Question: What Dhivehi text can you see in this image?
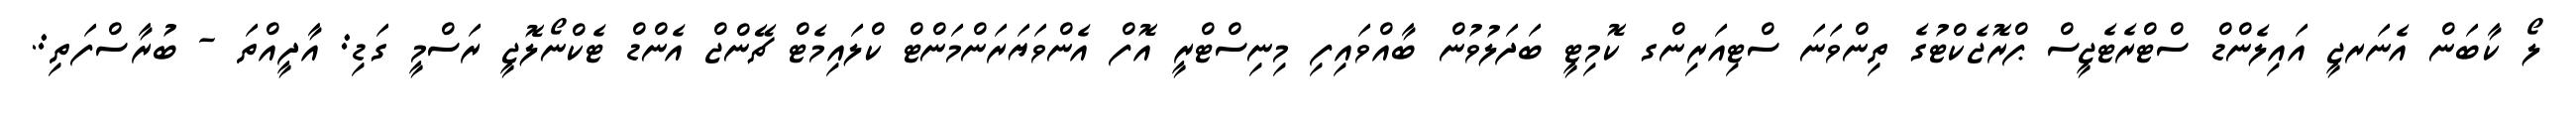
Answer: ލޯ ކާބަން އެނަރޖީ އައިލެންޑް ސްޓްރެޓެޖީސް ޕްރޮޖެކްޓުގެ ތިންވަނަ ސްޓިއަރިންގ ކޮމިޓީ ބަދަލުވުން ބާއްވައިފި މިނިސްޓްރީ އޮފް އެންވަޔަރަންމަންޓް ކްލައިމެޓް ޗޭންޖް އެންޑް ޓެކްނޯލޮޖީ ރަސްމީ ގަޑި: އާދީއްތަ - ބުރާސްފަތި:.